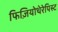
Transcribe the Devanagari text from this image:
फिज़ियोथेरेपिस्ट